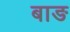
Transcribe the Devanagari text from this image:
बाङ